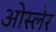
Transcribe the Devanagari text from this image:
ओस्लेर